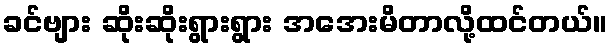
ခင်ဗျား ဆိုးဆိုးရွားရွား အအေးမိတာလို့ထင်တယ်။